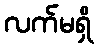
လက်မရှိ